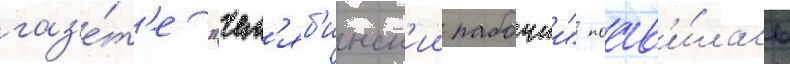
газ'е́т'е "чел'яб'инск'ии рабочии" поав'и́лась